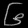
Digit: ၆